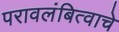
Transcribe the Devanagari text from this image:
परावलंबित्वाचे